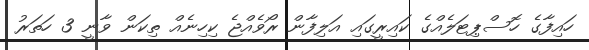
ހައިފާގެ ހޮސްޕިޓަލެއްގެ ކައިރީގައި އަލިފާން ރޯވެއްޖެ ކިހިނެއް ތިކަން ވާނީ 3 ހަތަރު